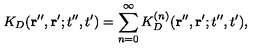
K _ { D } ( { \bf r } ^ { \prime \prime } , { \bf r } ^ { \prime } ; t ^ { \prime \prime } , t ^ { \prime } ) = \sum _ { n = 0 } ^ { \infty } K _ { D } ^ { ( n ) } ( { \bf r } ^ { \prime \prime } , { \bf r } ^ { \prime } ; t ^ { \prime \prime } , t ^ { \prime } ) ,